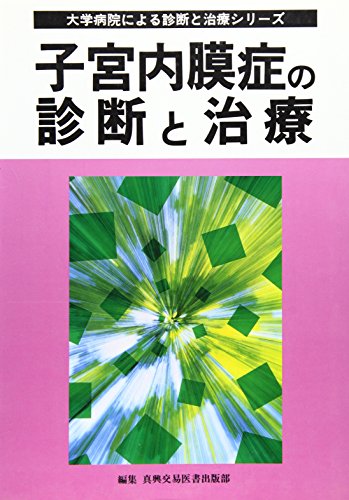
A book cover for (Diagnosis and treatment series by University Hospital) the diagnosis and treatment of endometriosis (1997) ISBN: 488003455X [Japanese Import]; Health, Fitness & Dieting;